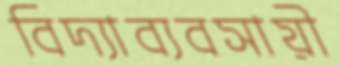
বিদ্যাব্যবসায়ী